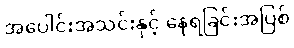
အပေါင်းအသင်းနှင့် နေရခြင်းအပြစ်